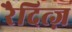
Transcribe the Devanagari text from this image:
रैदित्ज़